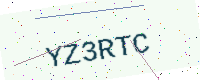
Text: YZ3RTC